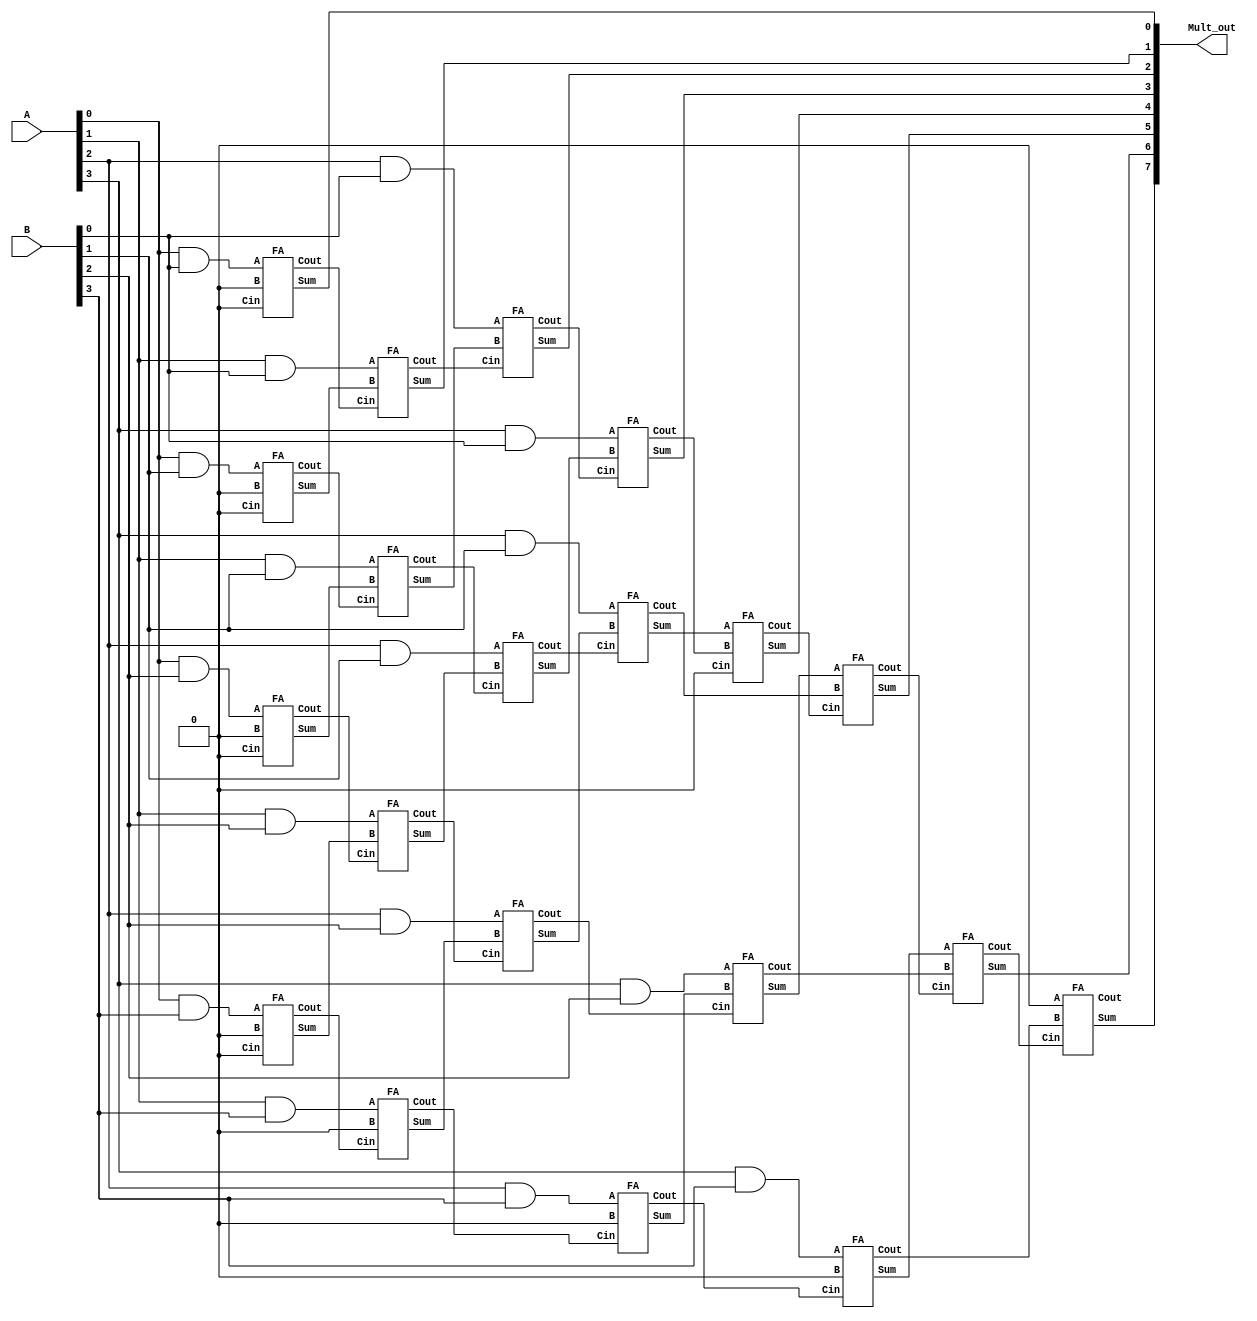
`timescale 1ns / 1ps
//////////////////////////////////////////////////////////////////////////////////
// Company: 
// Engineer: 
// 
// Design Name: 
// Module Name: array_multi_4bit
// Project Name: 
// Target Devices: 
// Tool Versions: 
// Description: 
// 
// Dependencies: 
// 
// Revision:
// Revision 0.01 - File Created
// Additional Comments:
// 
//////////////////////////////////////////////////////////////////////////////////




module top_a1_q2_array_multi_4bit
(
    A, B, Mult_out
 );
    
    input [3:0] A, B; 
    output [7:0] Mult_out;
    
    wire [3:0] and_r0, and_r1, and_r2, and_r3;
    wire [3:0] sum_r0, sum_r1, sum_r2, sum_r3, sum_r4;
    wire [3:0] cout_r0, cout_r1, cout_r2, cout_r3, cout_r4; 
    
    
    // Row 0 
    // Multiplying A[0] with all bits of B
    and (and_r0[0], A[0], B[0]);
    and (and_r0[1], A[0], B[1]);
    and (and_r0[2], A[0], B[2]);
    and (and_r0[3], A[0], B[3]);
    
    // Full adders producing sum at Row 0
    FA fa_r0_c0 (and_r0[0], 1'b0, 1'b0, sum_r0[0], cout_r0[0]);
    FA fa_r0_c1 (and_r0[1], 1'b0, 1'b0, sum_r0[1], cout_r0[1]);
    FA fa_r0_c2 (and_r0[2], 1'b0, 1'b0, sum_r0[2], cout_r0[2]);
    FA fa_r0_c3 (and_r0[3], 1'b0, 1'b0, sum_r0[3], cout_r0[3]);


    
    // Row 1
    // Multiplying A[1] with all bits of B
    and (and_r1[0], A[1], B[0]);
    and (and_r1[1], A[1], B[1]);
    and (and_r1[2], A[1], B[2]);
    and (and_r1[3], A[1], B[3]);
    
    // Full adders producing sum at Row 1
    FA fa_r1_c0 (and_r1[0], sum_r0[1], cout_r0[0], sum_r1[0], cout_r1[0]); 
    FA fa_r1_c1 (and_r1[1], sum_r0[2], cout_r0[1], sum_r1[1], cout_r1[1]); 
    FA fa_r1_c2 (and_r1[2], sum_r0[3], cout_r0[2], sum_r1[2], cout_r1[2]); 
    FA fa_r1_c3 (and_r1[3], 1'b0 , cout_r0[3], sum_r1[3], cout_r1[3]); 


    
    // Row 2
    // Multiplying A[2] with all bits of B
    and (and_r2[0], A[2], B[0]);
    and (and_r2[1], A[2], B[1]);
    and (and_r2[2], A[2], B[2]);
    and (and_r2[3], A[2], B[3]);
    
    // Full adders producing sum at Row 2
    FA fa_r2_c0 (and_r2[0], sum_r1[1], cout_r1[0], sum_r2[0], cout_r2[0]);
    FA fa_r2_c1 (and_r2[1], sum_r1[2], cout_r1[1], sum_r2[1], cout_r2[1]);
    FA fa_r2_c2 (and_r2[2], sum_r1[3], cout_r1[2], sum_r2[2], cout_r2[2]);
    FA fa_r2_c3 (and_r2[3], 1'b0, cout_r1[3], sum_r2[3], cout_r2[3]);
    

    
    // Row 3
    // Multiplying A[3] with all bits of B
    and (and_r3[0], A[3], B[0]);
    and (and_r3[1], A[3], B[1]);
    and (and_r3[2], A[3], B[2]);
    and (and_r3[3], A[3], B[3]);
    
    // Full adders producing sum at Row 3
    FA fa_r3_c0 (and_r3[0], sum_r2[1], cout_r2[0], sum_r3[0], cout_r3[0]);
    FA fa_r3_c1 (and_r3[1], sum_r2[2], cout_r2[1], sum_r3[1], cout_r3[1]);
    FA fa_r3_c2 (and_r3[2], sum_r2[3], cout_r2[2], sum_r3[2], cout_r3[2]);
    FA fa_r3_c3 (and_r3[3], 1'b0 , cout_r2[3], sum_r3[3], cout_r3[3]);
    
    
    // Row 4
    // Producing 1st 4 bits of the final multiplication result
    // Full adders producing sum at Row 4
    FA fa_r4_c0 (sum_r3[1], cout_r3[0], 1'b0, sum_r4[0], cout_r4[0]);
    FA fa_r4_c1 (sum_r3[2], cout_r3[1], cout_r4[0], sum_r4[1], cout_r4[1]);
    FA fa_r4_c2 (sum_r3[3], cout_r3[2], cout_r4[1], sum_r4[2], cout_r4[2]);
    FA fa_r4_c3 (1'b0, cout_r3[3], cout_r4[2], sum_r4[3], cout_r4[3]);
    
    
    assign Mult_out = {
                        sum_r4[3], sum_r4[2], sum_r4[1] ,sum_r4[0],
                        sum_r3[0] ,sum_r2[0] ,sum_r1[0] ,sum_r0[0] 
                       } ;   
    
endmodule



// Code for Full Adder, uses half adder ha for building 1 bit full adder
module FA(A, B, Cin, Sum, Cout);

    input A, B, Cin;
    output Sum, Cout; 
    
    wire S_ha, C_ha, C_ha2; 
    
    ha ha0(A, B, S_ha, C_ha);
    ha ha1(Cin, S_ha, Sum, C_ha2);
    
    or (Cout, C_ha, C_ha2) ;
    
    
endmodule



// Code for 1 bit HA
module ha(A,B,Sum,Cout);

    input A,B; 
    output Sum, Cout; 
    
    // Sum = A xor B, Cout = A and B
    
    xor (Sum, A, B);
    and (Cout, A, B);

endmodule